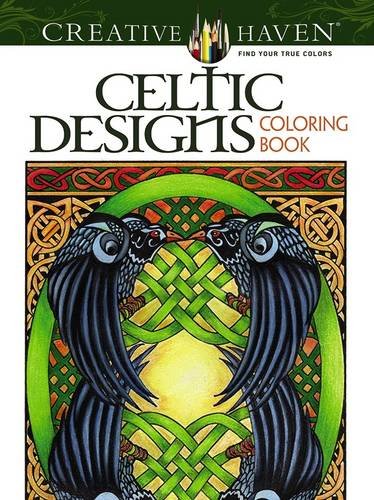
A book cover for Creative Haven Celtic Designs Coloring Book (Creative Haven Coloring Books); Carol Schmidt; Arts & Photography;